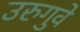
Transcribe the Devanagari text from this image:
उरुगुवे